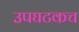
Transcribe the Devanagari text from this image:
उपघटकच